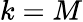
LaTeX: k=M